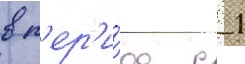
в п'ер'и́од с 1